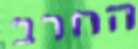
החרב